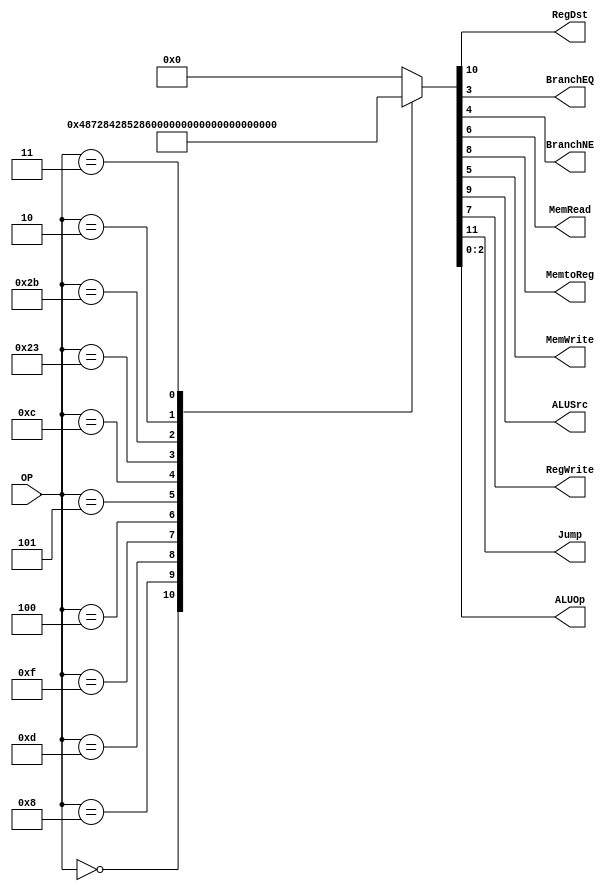
/******************************************************************
* Description
*	This is control unit for the MIPS processor. The control unit is 
*	in charge of generation of the control signals. Its only input 
*	corresponds to opcode from the instruction.
*	1.0
* Author:
*	Dr. Jos Luis Pizano Escalante
* email:
*	luispizano@iteso.mx
* Date:
*	01/03/2014
******************************************************************/
module Control
(
	input [5:0]OP,
	
	output RegDst,
	output BranchEQ,
	output BranchNE,
	output MemRead,
	output MemtoReg,
	output MemWrite,
	output ALUSrc,
	output RegWrite,
	output Jump,
	output [2:0]ALUOp
);
localparam R_Type 	  = 0;
localparam I_Type_ADDI = 6'h8;
localparam I_Type_ORI  = 6'h0d;
localparam I_Type_LUI  = 6'h0f;
localparam I_Type_BEQ  = 6'h04;
localparam I_Type_BNE  = 6'h05;
localparam I_Type_ANDI = 6'h0c;
localparam I_Type_LW   = 6'h23;
localparam I_Type_SW   = 6'h2b;
localparam J_Type_J	  = 6'h02;
localparam J_Type_JAL  = 6'h03;

reg [11:0] ControlValues;

always@(OP) begin
	casex(OP)
		R_Type:       ControlValues= 12'b01_001_00_00_111;
		I_Type_ADDI:  ControlValues= 12'b00_101_00_00_100;
		I_Type_ORI:   ControlValues= 12'b00_101_00_00_101;
		I_Type_LUI:	  ControlValues= 12'b00_101_00_00_110;
		I_Type_BEQ:   ControlValues= 12'b00_000_00_01_001;
		I_Type_BNE:   ControlValues= 12'b00_000_00_10_001;
		I_Type_ANDI:  ControlValues= 12'b00_101_00_00_010;
		I_Type_LW:    ControlValues= 12'b00_111_10_00_000;
		I_Type_SW:    ControlValues= 12'b00_110_01_00_000;
		J_Type_J:	  ControlValues= 12'b10_000_00_00_000;
		J_Type_JAL:	  ControlValues= 12'b11_001_00_00_000;
		default:
			ControlValues= 11'b00000000000;
		endcase
end	
	
assign Jump = ControlValues[11];
assign RegDst = ControlValues[10];
assign ALUSrc = ControlValues[9];
assign MemtoReg = ControlValues[8];
assign RegWrite = ControlValues[7];
assign MemRead = ControlValues[6];
assign MemWrite = ControlValues[5];
assign BranchNE = ControlValues[4];
assign BranchEQ = ControlValues[3];
assign ALUOp = ControlValues[2:0];	

endmodule